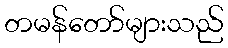
တမန်တော်များသည်